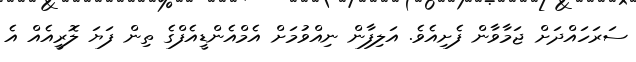
ސަރަހައްދަށް ޖަމާވާން ފެށިއެވެ. އަލިފާން ނިއްވުމަށް އެމްއެންޑީއެފްގެ ތިން ފަޔަ ލޮރީއެއް އެ